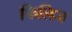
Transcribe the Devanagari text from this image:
फिलिज